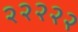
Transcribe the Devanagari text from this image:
२२२२२